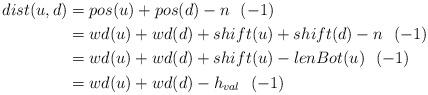
LaTeX: \begin{align*}dist(u,d) &= pos(u) +pos(d)-n ~~(-1)\\&= wd(u) + wd(d) +shift(u) + shift(d)-n ~~(-1)\\&= wd(u)+wd(d)+shift(u)-lenBot(u) ~~(-1)\\&= wd(u)+wd(d)-h_{val} ~~(-1)~\\\end{align*}